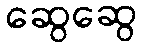
ဆွေဆွေ